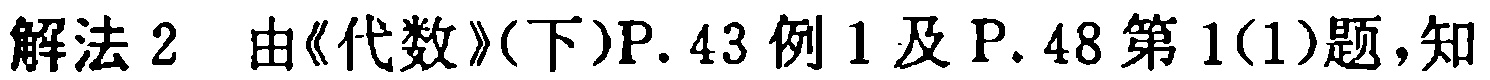
解法2 由《代数》(下)P.43例1及P.48第1(1)题，知